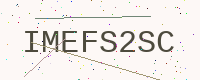
Text: IMEFS2SC